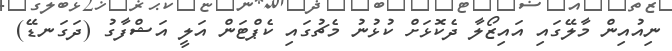
ނިއުއިން މާލޭގައި އައިޒޯލާ ދެކޮޅަށް ކުޅުނު މެޗުގައި ކެޕްޓަން އަލީ އަޝްފާގު (ދަގަނޑޭ)